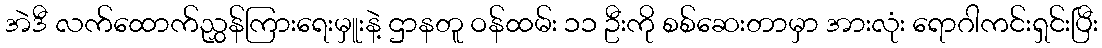
အဲဒီ လက်ထောက်ညွှန်ကြားရေးမှူးနဲ့ ဌာနတူ ဝန်ထမ်း ၁၁ ဦးကို စစ်ဆေးတာမှာ အားလုံး ရောဂါကင်းရှင်းပြီး